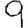
Digit: 9